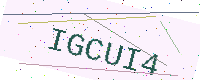
Text: IGCUI4